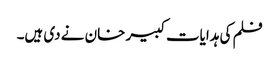
فلم کی ہدایات کبیر خان نے دی ہیں۔